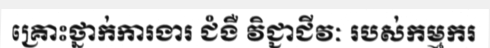
គ្រោះថ្នាក់ការងារ ជំងឺ វិជ្ជាជីវៈ របស់កម្មករ